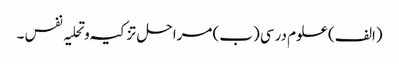
(الف) علوم درسی (ب) مراحل تز کیہ وتحلیہ نفس ۔